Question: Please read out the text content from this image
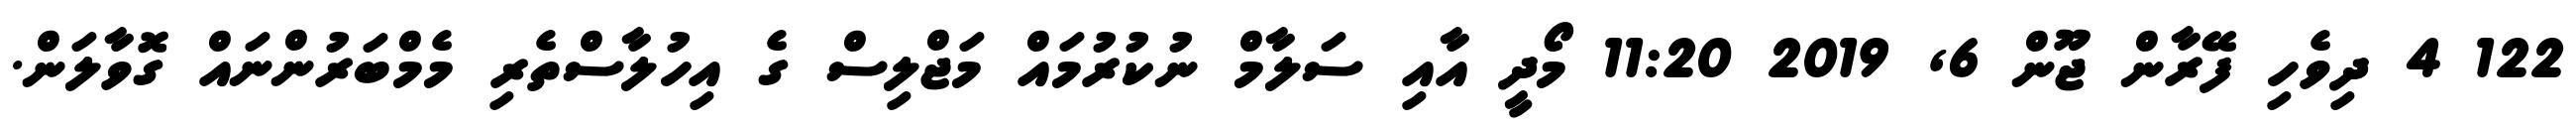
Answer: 122 4 ދިވެހި ފޭރާން ޖޫން 6, 2019 11:20 މޯދީ އާއި ސަލާމް ނުކުރުމައް މަޖްލިސް ގެ އިހުލާސްތެރި މެމްބަރުންނައް ގޮވާލަން.